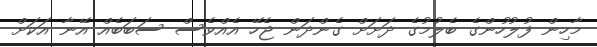
މާހިން ފުލުހުންގެ ބެލުމުގެ ދަށަށް ގެންދަން ޖެހޭ އެއްވެސް ސަބަބެއް އޭނާ އަކަށް